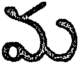
మ